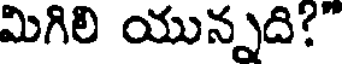
మిగిలి యున్నది?"